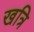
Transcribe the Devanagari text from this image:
खत्रि